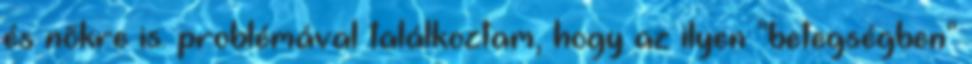
és nõkre is. problémával találkoztam, hogy az ilyen "betegségben"